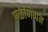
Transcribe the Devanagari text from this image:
पळणिप्पन